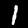
Digit: 1